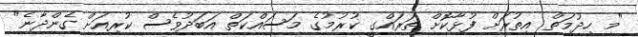
"މި ހިދުމަތް އިތުރަށް ފުޅާކޮށް ތަރައްގީ ކުރުމުގެ މަސައްކަތް އަބަދުވެސް ކުރިއަށް ގެންދާނެ"